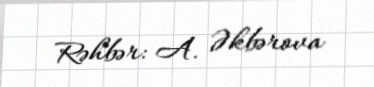
Rəhbər: A. Əkbərova